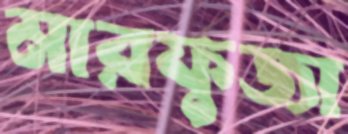
মারফুজা